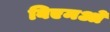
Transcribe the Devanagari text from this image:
बिएमओ